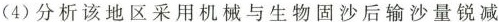
（4）分析该地区采用机械与生物固沙后输沙量锐减